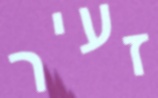
זעיר